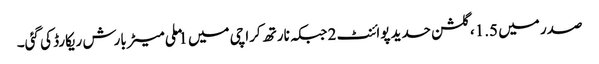
صدر میں 1.5، گلشن حدید پوائنٹ 2 جبکہ نارتھ کراچی میں 1 ملی میٹر بارش ریکارڈ کی گئی۔